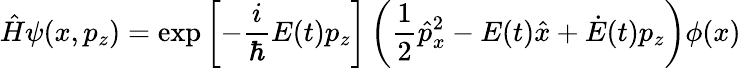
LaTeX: \hat{H}\psi(x,p_{z})=\exp\left[-\frac{i}{\hbar}E(t)p_{z}\right]\left(\frac{1}{2}\hat{p}_{x}^{2}-E(t)\hat{x}+\dot{E}(t)p_{z}\right)\phi(x)